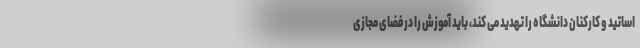
اساتید و کارکنان دانشگاه را تهدید می کند، باید آموزش را در فضای مجازی